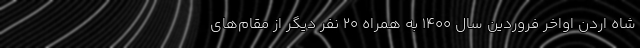
شاه اردن اواخر فروردین سال ۱۴۰۰ به همراه ۲۰ نفر دیگر از مقام‌های